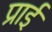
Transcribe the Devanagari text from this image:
प्राई